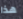
هذا